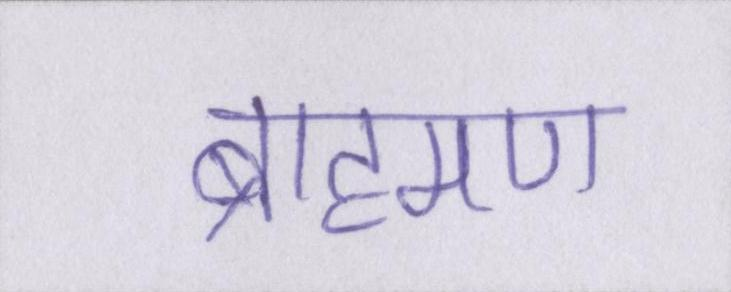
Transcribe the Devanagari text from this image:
ब्राह्मण